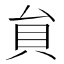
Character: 貟